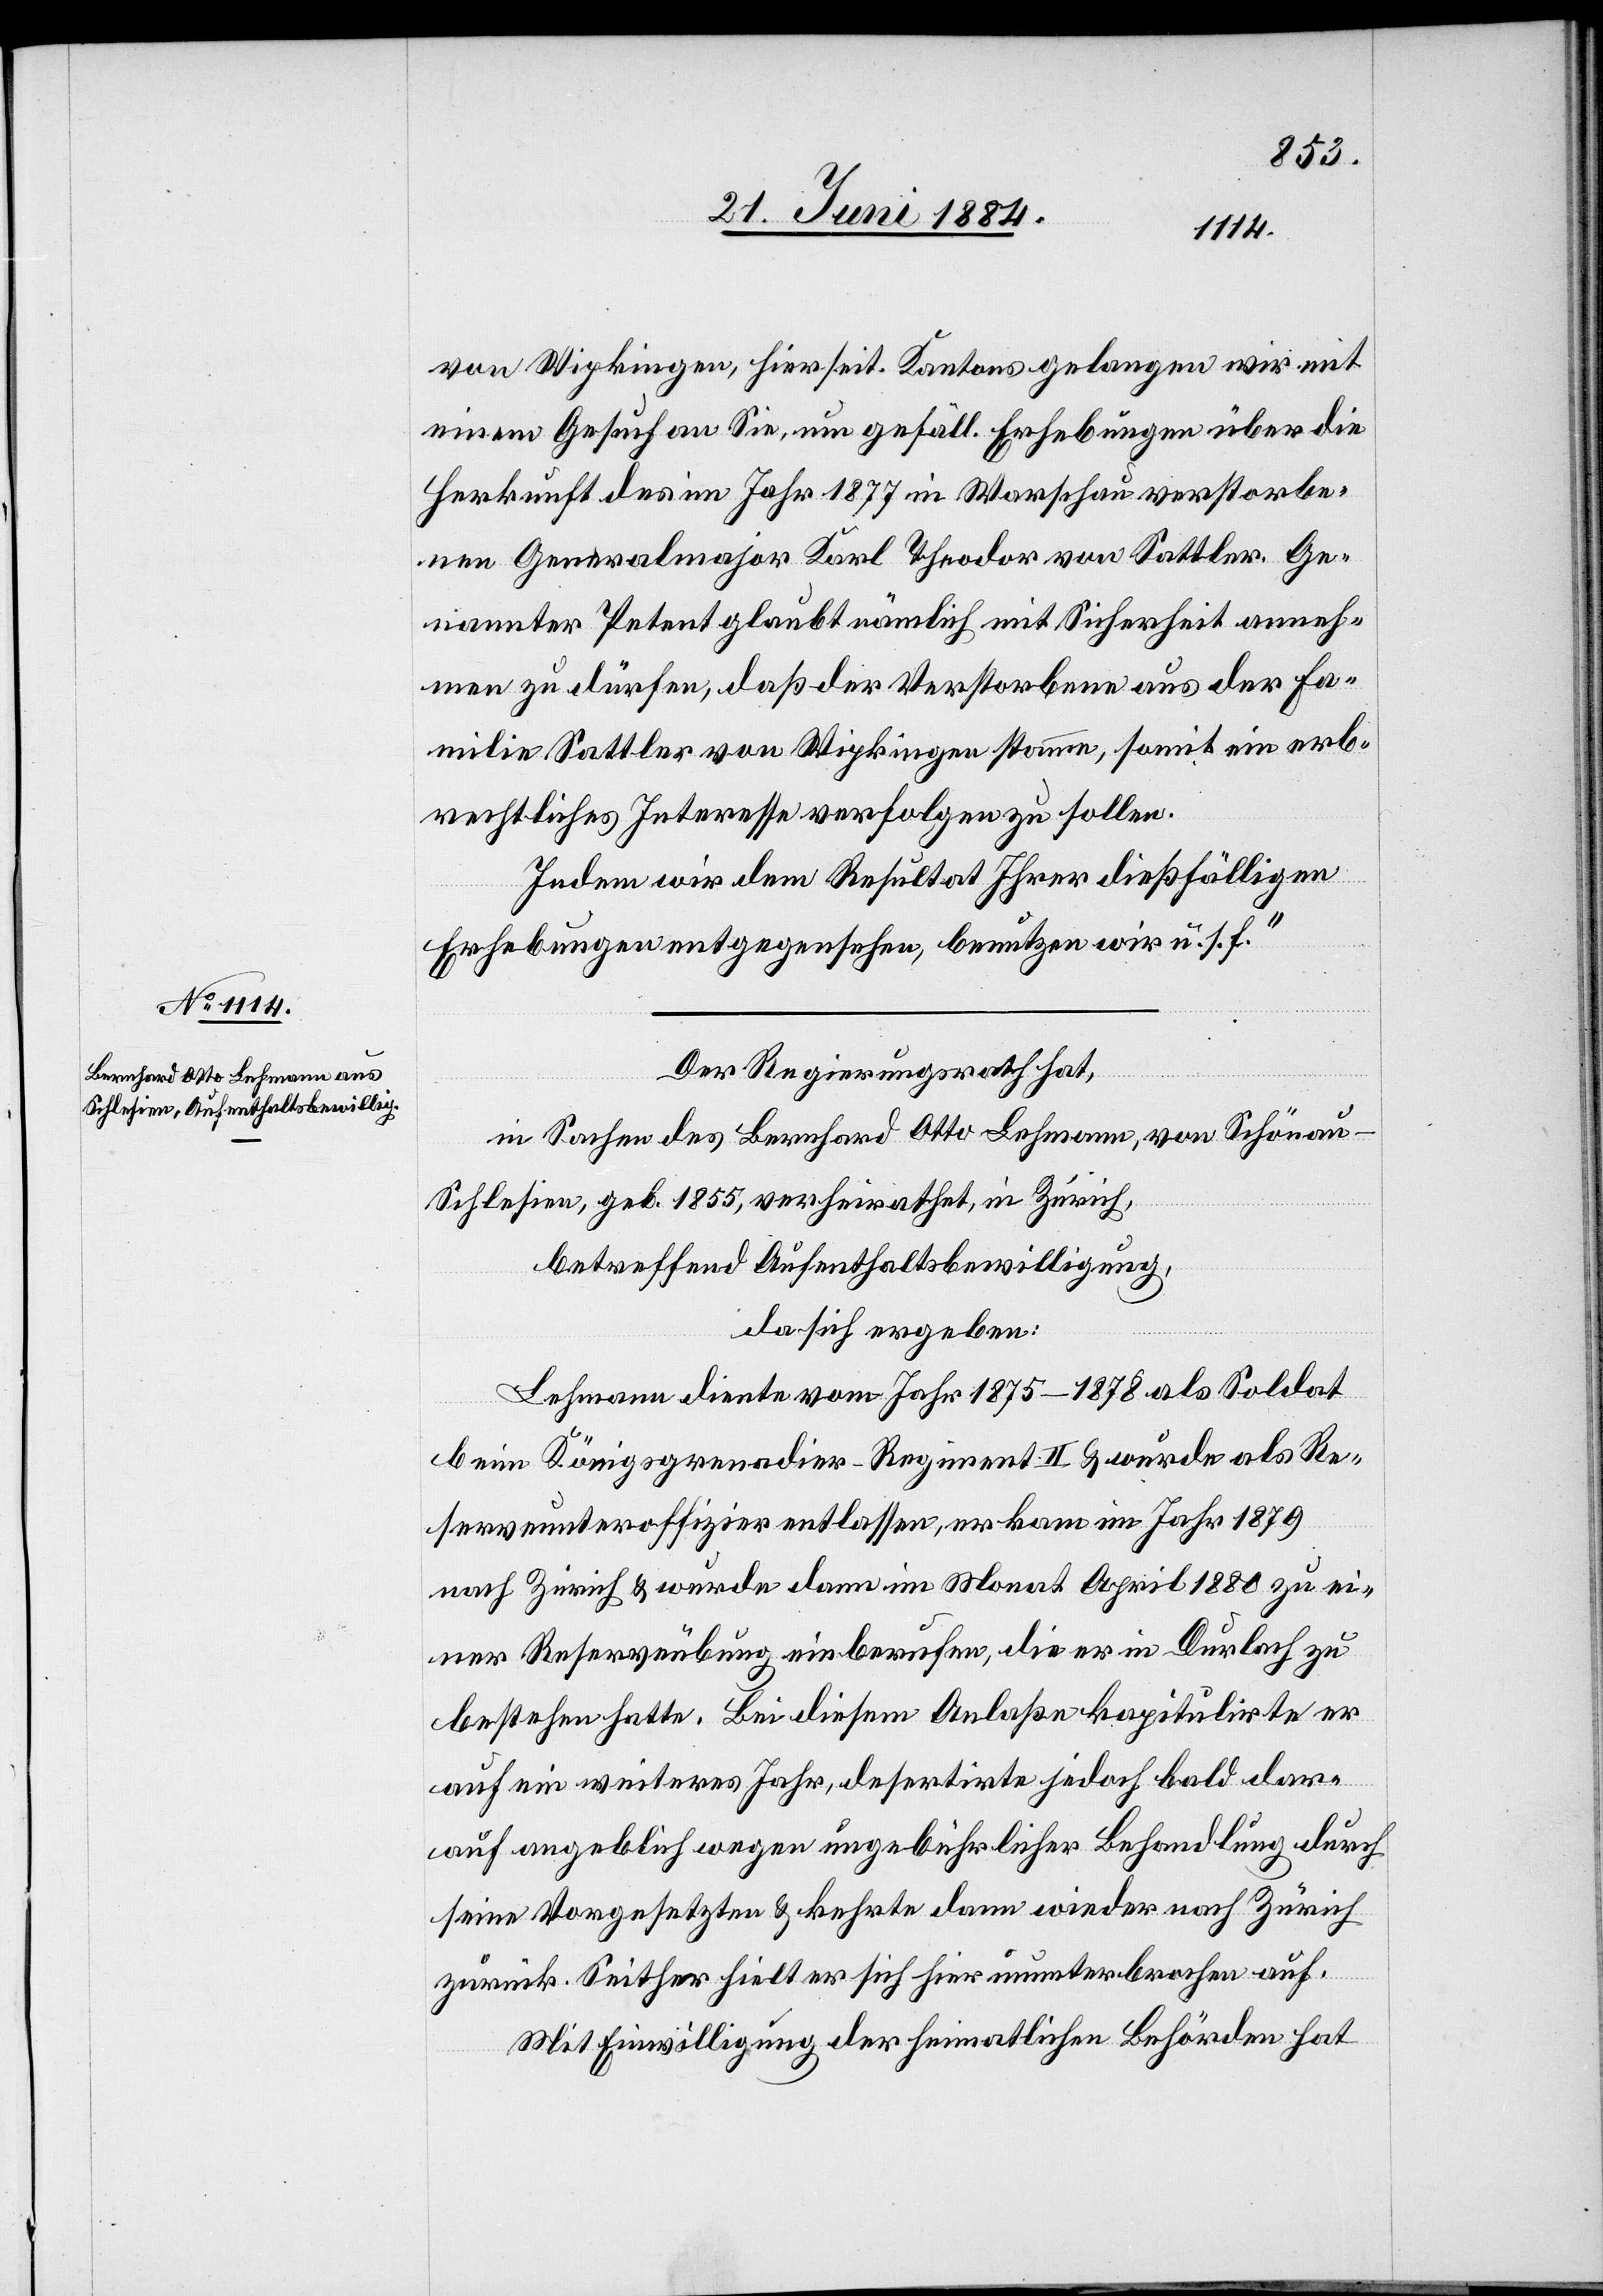
von Wipkingen, hierseit. Kantons gelangen wir mit
einem Gesuch an Sie, um gefäll. Erhebungen über die
Herkunft des im Jahr 1877 in Warschau verstorbe¬
nen Generalmajor Karl Theodor von Sattler. Ge¬
nannter Petent glaubt nämlich mit Sicherheit anneh¬
men zu dürfen, daß der Verstorbene aus der Fa¬
milie Sattler von Wipkingen stamme, somit ein erb¬
rechtliches Interesse verfolgen zu sollen.
Indem wir dem Resultat Ihrer dießfälligen
Erhebungen entgegensehen, benutzen wir u. s. f.“
Der Regierungsrath hat,
in Sachen des Bernhard Otto Lehmann, von Schönau
Schlesien, geb. 1855, verheirathet, in Zürich,
betreffend Aufenthaltsbewilligung,
da sich ergeben:
Lehmann diente vom Jahr 1875–1878 als Soldat
beim Königsgrenadier-Regiment II & wurde als Re¬
serveunteroffizier entlassen, er kam im Jahr 1879
nach Zürich & wurde dann im Monat April 1880 zu ei¬
ner Reserveübung einberufen, die er in Durlach zu
bestehen hatte. Bei diesem Anlaße kapitulirte er
auf ein weiteres Jahr, desertirte jedoch bald dar¬
auf angeblich wegen ungebührlicher Behandlung durch
seine Vorgesetzten & kehrte dann wieder nach Zürich
zurück. Seither hielt er sich hier ununterbrochen auf.
Mit Einwilligung der heimatlichen Behörden hat